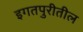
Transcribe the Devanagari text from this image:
इगतपुरीतील